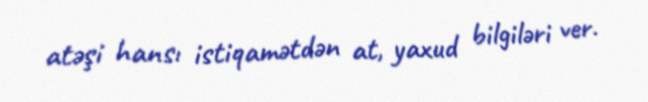
atəşi hansı istiqamətdən at, yaxud bilgiləri ver.